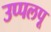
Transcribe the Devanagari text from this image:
उप्पलपू